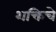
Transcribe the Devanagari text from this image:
शक्तिचे